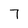
Character: 7